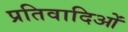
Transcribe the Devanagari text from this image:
प्रतिवादिओं